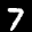
Label: 7